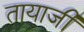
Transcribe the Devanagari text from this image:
तायाजी